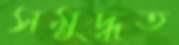
সমুদ্ধত